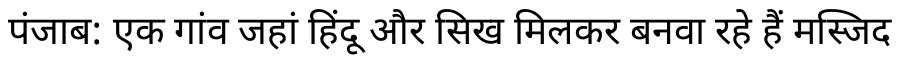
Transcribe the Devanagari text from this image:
पंजाब: एक गांव जहां हिंदू और सिख मिलकर बनवा रहे हैं मस्जिद